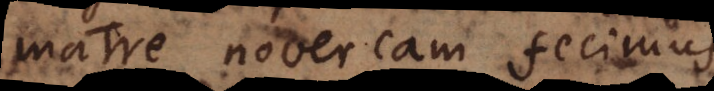
matre novercam fecimus